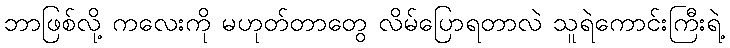
ဘာဖြစ်လို့ ကလေးကို မဟုတ်တာတွေ လိမ်ပြောရတာလဲ သူရဲကောင်းကြီးရဲ့